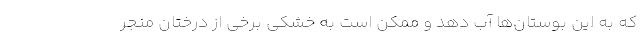
که به این بوستان‌ها آب دهد و ممکن است به خشکی برخی از درختان منجر